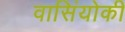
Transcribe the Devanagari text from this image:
वासिंयोकी